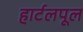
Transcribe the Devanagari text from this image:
हार्टलपूल